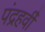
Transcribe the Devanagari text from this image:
पंद्रहवीँ